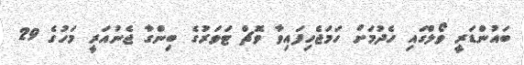
ބައުންޑަރީ ވޯލްގައި ހެދުމަށް ހަމަޖެހިފައިވާ ވޮޗް ޓަވަރުގެ ބިންގާ ޖެނުއަރީ މަހުގެ 29